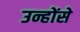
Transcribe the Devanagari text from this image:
उन्होंसे